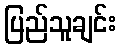
ပြည်သူချင်း